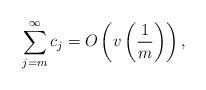
LaTeX: \begin{align*}\sum_{j=m}^{\infty}c_j=O\left(v\left(\frac{1}{m}\right)\right), \end{align*}